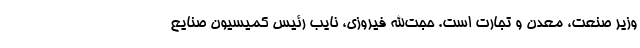
وزیر صنعت، معدن و تجارت است. حجت‌الله فیروزی، نایب رئیس کمیسیون صنایع